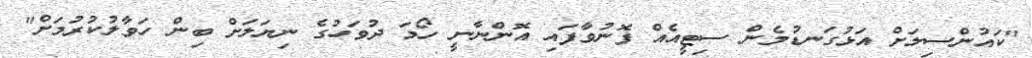
"ކައުންސިލަށް އަޅުގަނޑުމެން ސިޓީއެއް ފޮނުވާފައި އޮންނާނީ ހޯމަ ދުވަހުގެ ނިޔަލަށް ބިން ހަވާލުކުރުމަށް"